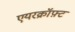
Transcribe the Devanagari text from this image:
एयरक्रॉफ़्ट